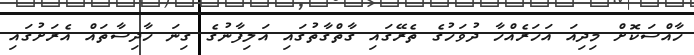
ހާއްސަކޮށް މިދިއަ އަހަރެއްހާ ދުވަހުގެ ތެރޭގައި ގާތްގާތުގައި އަލިފާނުގެ ގިނަ ހާދިސާތައް އެރަށުގައި